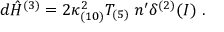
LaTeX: d { \hat { H } } ^ { ( 3 ) } = 2 \kappa _ { ( 1 0 ) } ^ { 2 } T _ { ( 5 ) } \; n ^ { \prime } \delta ^ { ( 2 ) } ( { \cal I } ) \ .